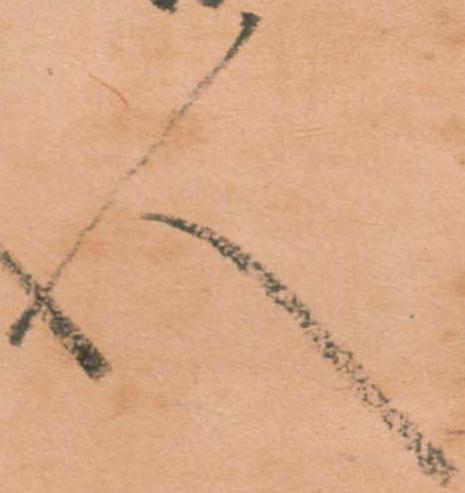
人